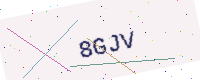
Text: 8GJV